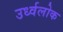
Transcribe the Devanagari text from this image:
उर्ध्वलोक